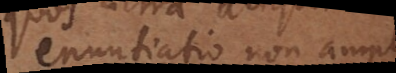
enuntiatio non amplius